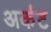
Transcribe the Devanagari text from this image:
अर्कट